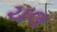
ચલ